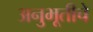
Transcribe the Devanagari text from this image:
अनुभूतीचे